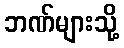
ဘဏ်များသို့